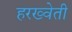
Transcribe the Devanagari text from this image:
हरख्वेती